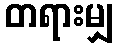
တရားမျှ